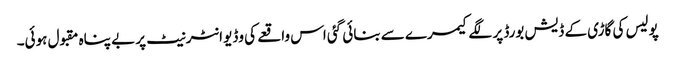
پولیس کی گاڑی کے ڈیش بورڈ پر لگے کیمرے سے بنائی گئی اس واقعے کی وڈیو انٹرنیٹ پر بے پناہ مقبول ہوئی۔